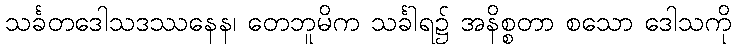
သင်္ခတဒေါသဒဿနေန၊ တေဘူမိက သင်္ခါရ၌ အနိစ္စတာ စသော ဒေါသကို